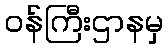
ဝန်ကြီးဌာနမှ